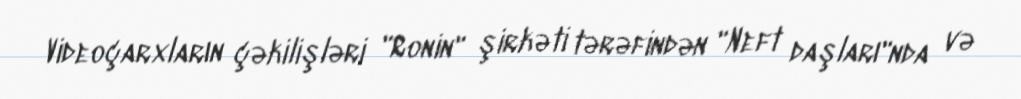
Videoçarxların çəkilişləri "Ronin" şirkəti tərəfindən "Neft daşları"nda və